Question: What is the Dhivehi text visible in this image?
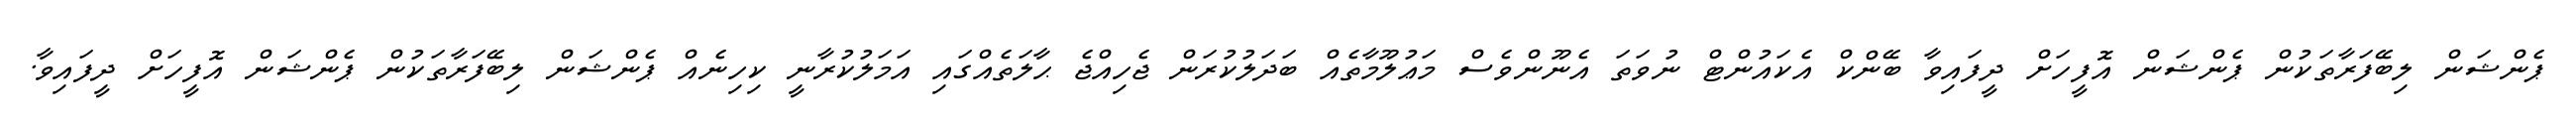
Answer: ޕެންޝަން ލިބޭފަރާތަކުން ޕެންޝަން އޮފީހަށް ދީފައިވާ ބޭންކް އެކައުންޓް ނުވަތަ އެނޫންވެސް މަޢުލޫމާތެއް ބަދަލުކުރަން ޖެހިއްޖެ ޙާލަތެއްގައި އަމަލުކުރާނީ ކިހިނެއް ޕެންޝަން ލިބޭފަރާތަކުން ޕެންޝަން އޮފީހަށް ދީފައިވާ.